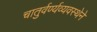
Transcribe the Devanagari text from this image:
चातुर्वर्ण्यव्यवस्थेने